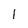
Character: 1